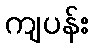
ကျပန်း